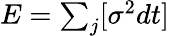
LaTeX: \begin{array}{r}{E=\sum_{j}[\sigma^{2}dt]}\end{array}